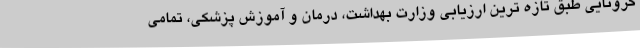
کرونایی طبق تازه ترین ارزیابی وزارت بهداشت، درمان و آموزش پزشکی، تمامی